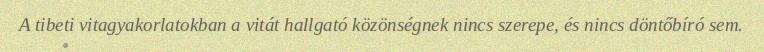
A tibeti vitagyakorlatokban a vitát hallgató közönségnek nincs szerepe, és nincs döntőbíró sem.